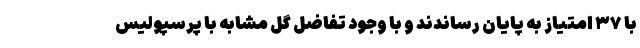
با ۳۷ امتیاز به پایان رساندند و با وجود تفاضل گل مشابه با پرسپولیس